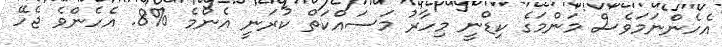
އެހެންނަމަވެސް މަންމަގެ ކިޑްނީ މިހާރު މަސައްކަތް ކުރަނީ އެންމެ %8. އެހެންވެ ޖެހޭ